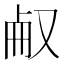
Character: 㕟